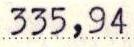
335,94